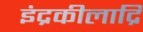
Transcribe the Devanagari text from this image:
इंद्रकीलाद्रि